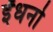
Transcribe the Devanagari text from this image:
ईंधनो